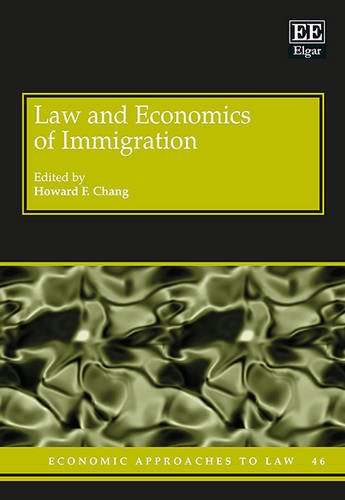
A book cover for Law and Economics of Immigration (Economic Approaches to Law series, #46); Howard F. Chang; Law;